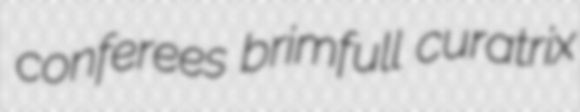
conferees brimfull curatrix